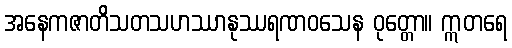
အနေကဇာတိသတသဟဿာနုဿရဏဝသေန ဝုတ္တော။ ဣတရေ